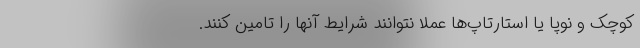
کوچک و نوپا یا استارتاپ‌ها عملا نتوانند شرایط آنها را تامین کنند.